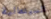
السينمائية